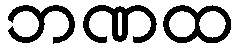
ဘဏထ